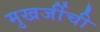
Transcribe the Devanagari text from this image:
मुखर्जीची